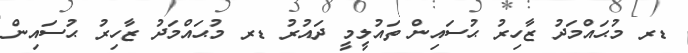
ޑރ މުޙައްމަދު ޒާހިރު ޙުސައިން ތައުލީމީ ދައުރު ޑރ މުޙައްމަދު ޒާހިރު ޙުސައިން